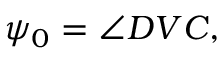
\psi _ { 0 } = \angle D V C ,